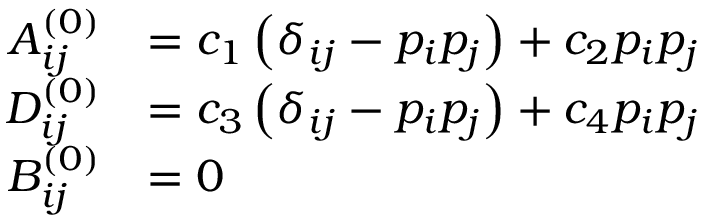
\begin{array} { r l } { { A } _ { i j } ^ { ( 0 ) } } & { = c _ { 1 } \left( \delta _ { i j } - { p _ { i } } { p _ { j } } \right) + c _ { 2 } { p _ { i } } { p _ { j } } } \\ { { D } _ { i j } ^ { ( 0 ) } } & { = c _ { 3 } \left( \delta _ { i j } - { p _ { i } } { p _ { j } } \right) + c _ { 4 } { p _ { i } } { p _ { j } } } \\ { { B } _ { i j } ^ { ( 0 ) } } & { = 0 } \end{array}